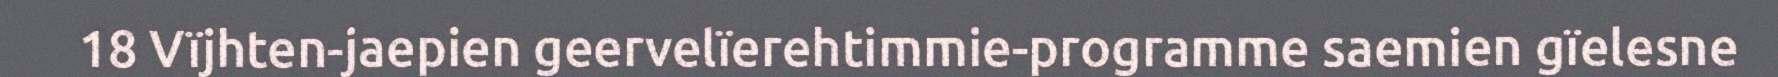
18 Vïjhten-jaepien geervelïerehtimmie-programme saemien gïelesne